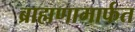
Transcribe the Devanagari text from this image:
ब्राह्मणामार्फत